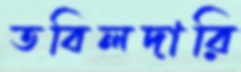
তবিলদারি